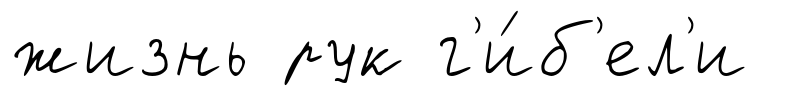
жизнь рук г'и́б'ел'и